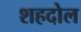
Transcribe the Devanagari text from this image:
शहदोल